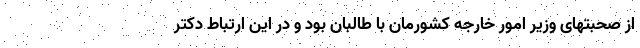
از صحبتهای وزیر امور خارجه کشورمان با طالبان بود و در این ارتباط دکتر